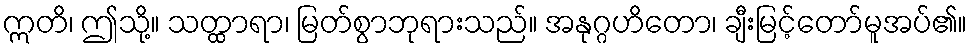
ဣတိ၊ ဤသို့။ သတ္ထာရာ၊ မြတ်စွာဘုရားသည်။ အနုဂ္ဂဟိတော၊ ချီးမြင့်တော်မူအပ်၏။